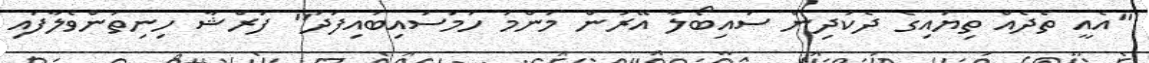
"އެއީ ތެދެއް ތިޔައިގެ ދެކުދިން ސައިބޯލާ އޭރުން މަންމަ ހަމަސައިބުއިފަދަ" ފަރްޝާ ހިނިތުންވެލާފައި